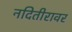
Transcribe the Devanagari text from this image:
नदितीरावर